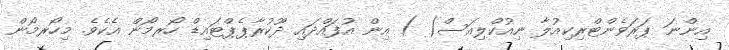
އިންނަ ޕަރަވެންޓްރިކިއުލާ ނިއުކްލިއަސް( ) އިން އުފައްދައި ދޫކުރާޕެޕްޓައިޑް ހޯރމޯން އެކެވެ. މިހޯރމޯން